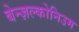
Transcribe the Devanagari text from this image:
बेन्ज़ल्कोनिउम